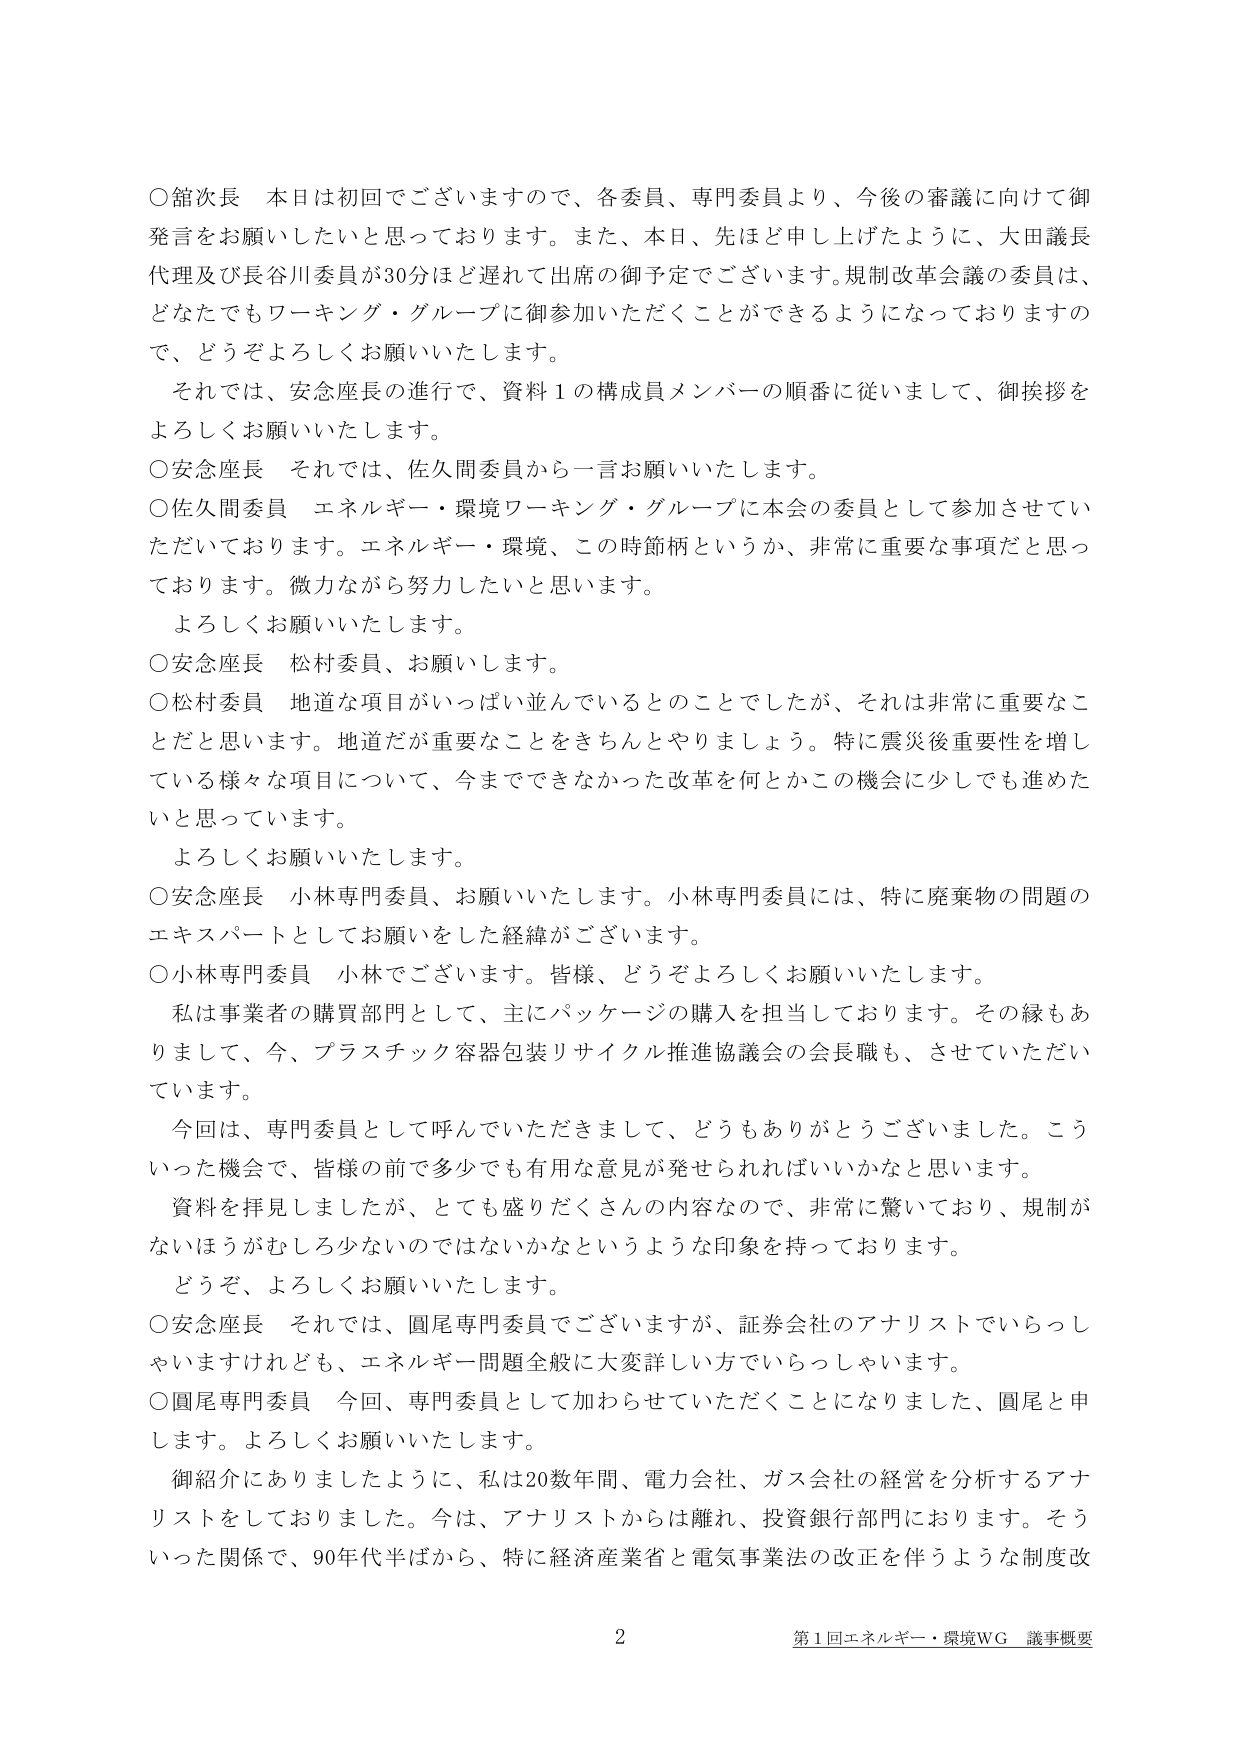
○舘次長　本日は初回でございますので、各委員、専門委員より、今後の審議に向けて御発言をお願いしたいと思っております。また、本日、先ほど申し上げたように、大田議長代理及び長谷川委員が30分ほど遅れて出席の御予定でございます。規制改革会議の委員は、どなたでもワーキング・グループに御参加いただくことができるようになっておりますので、どうぞよろしくお願いいたします。

　それでは、安念座長の進行で、資料１の構成員メンバーの順番に従いまして、御挨拶をよろしくお願いいたします。

○安念座長　それでは、佐久間委員から一言お願いいたします。

○佐久間委員　エネルギー・環境ワーキング・グループに本会の委員として参加させていただいております。エネルギー・環境、この時節柄というか、非常に重要な事項だと思っております。微力ながら努力したいと思います。

　よろしくお願いいたします。

○安念座長　松村委員、お願いします。

○松村委員　地道な項目がいっぱい並んでいるとのことでしたが、それは非常に重要なことだと思います。地道だが重要なことをきちんとやりましょう。特に震災後重要性を増している様々な項目について、今までできなかった改革を何とかこの機会に少しでも進めたいたと思っています。

　よろしくお願いいたします。

○安念座長　小林専門委員、お願いいたします。小林専門委員には、特に廃棄物の問題のエキスパートとしてお願いをした経緯がございます。

○小林専門委員　小林でございます。皆様、どうぞよろしくお願いいたします。

　私は事業者の購買部門として、主にパッケージの購入を担当しております。その縁もありまして、今、プラスチック容器包装リサイクル推進協議会の会長職も、させていただいています。

　今回は、専門委員として呼んでいただきまして、どうもありがとうございました。こういった機会で、皆様の前で多少でも有用な意見が発せられればいいかなと思います。

　資料を拝見しましたが、とても盛りだくさんの内容なので、非常に驚いており、規制がないほうがむしろ少ないのではないかというような印象を持っております。

　どうぞ、よろしくお願いいたします。

○安念座長　それでは、圓尾専門委員でございますが、証券会社のアナリストでいらっしゃいますけれども、エネルギー問題全般に大変詳しい方でいらっしゃいます。

○圓尾専門委員　今回、専門委員として加わらせていただくことになりました、圓尾と申します。よろしくお願いいたします。

　御紹介にありましたように、私は20数年間、電力会社、ガス会社の経営を分析するアナリストをしておりました。今は、アナリストからは離れ、投資銀行部門におります。そういった関係で、90年代半ばから、特に経済産業省と電気事業法の改正を伴うような制度改

2
第1回エネルギー・環境WG 議事概要